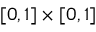
[ 0 , 1 ] \times [ 0 , 1 ]